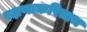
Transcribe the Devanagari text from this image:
रक्षणाकरिताच